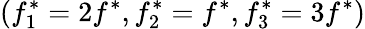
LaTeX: (f_{1}^{*}=2f^{*},f_{2}^{*}=f^{*},f_{3}^{*}=3f^{*})